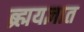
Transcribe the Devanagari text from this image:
ब्र्ह्मयज्ञात